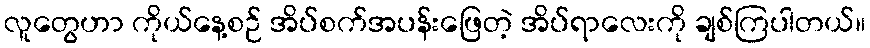
လူတွေဟာ ကိုယ်နေ့စဉ် အိပ်စက်အပန်းဖြေတဲ့ အိပ်ရာလေးကို ချစ်ကြပါတယ်။